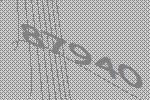
87940